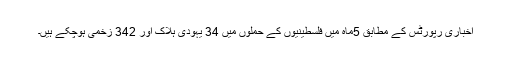
اخباری رپورٹس کے مطابق 5ماہ میں فلسطینیوں کے حملوں میں 34 یہودی ہلاک اور 342 زخمی ہوچکے ہیں۔